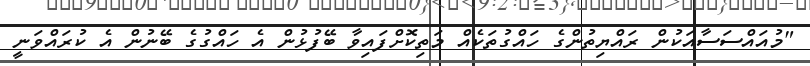
"މުއައްސަސާއަކުން ރައްޔިތުންގެ ހައްގުތަކެއް މަތިކޮށްފައިވާ ބޭފުޅުން އެ ހައްގުގެ ބޭނުން އެ ކުރައްވަނީ